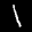
Label: 1